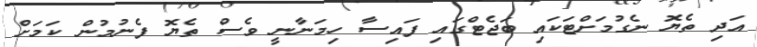
އަދި ތެޔޮ ނެގުމަށްޓަކައި ބަޖެޓްގައި ފައިސާ ހިމަނާނީ ވެސް ތެޔޮ ފެނުމުން ކަމަށް